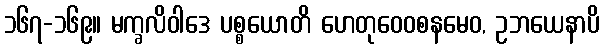
၁၆၇-၁၆၉။ မက္ခလိဝါဒေ ပစ္စယောတိ ဟေတုဝေဝစနမေဝ, ဥဘယေနာပိ